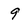
Character: 9